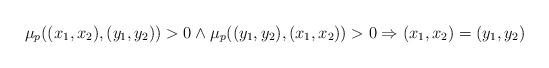
LaTeX: \begin{align*} \mu_{p}((x_1,x_2),(y_1,y_2))>0\wedge\mu_{p}((y_1,y_2),(x_1,x_2))>0\Rightarrow(x_1,x_2)=(y_1,y_2)\end{align*}